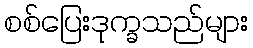
စစ်ပြေးဒုက္ခသည်များ